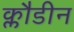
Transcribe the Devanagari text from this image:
क्लौडीन